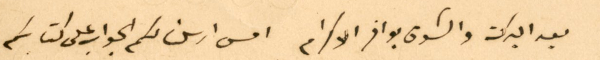
بعد البركة والشوق بوافر الاكرام امس ارسلنا لكم الجواب على كتابكم